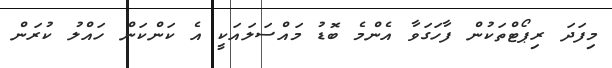
މިފަދަ ރިޕޯޓްތަކުން ފާހަގަވާ އެންމެ ބޮޑު މައްސަލައަކީ އެ ކަންކަން ހައްލު ކުރަން